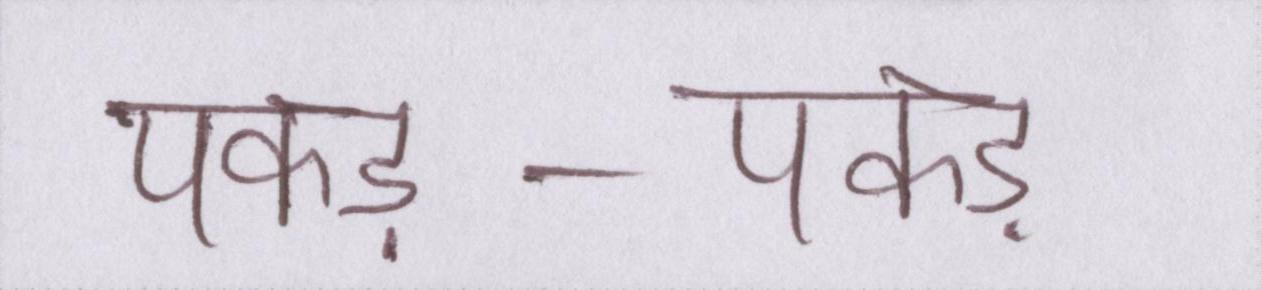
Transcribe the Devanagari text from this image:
पकड़-पकड़